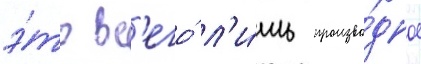
э́то вс'его́ л'и́шь произво́дное